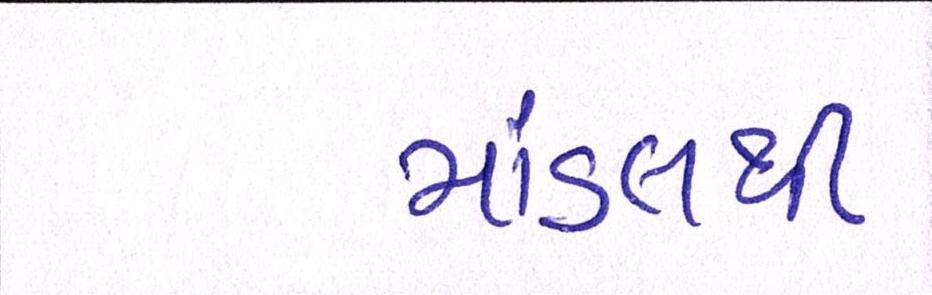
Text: માંડલથી